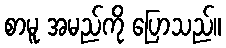
စာမူ အမည်ကို ပြောသည်။